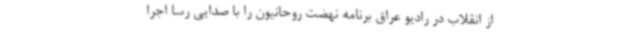
از انقلاب در رادیو عراق برنامه نهضت روحانیون را با صدایی رسا اجرا